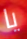
يا